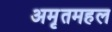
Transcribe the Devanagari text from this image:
अमृतमहल